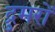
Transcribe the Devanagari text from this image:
द्रुमरों